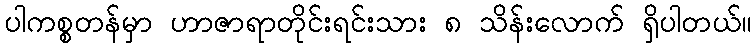
ပါကစ္စတန်မှာ ဟာဇာရာတိုင်းရင်းသား ၈ သိန်းလောက် ရှိပါတယ်။